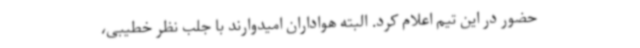
حضور در این تیم اعلام کرد. البته هواداران امیدوارند با جلب نظر خطیبی،